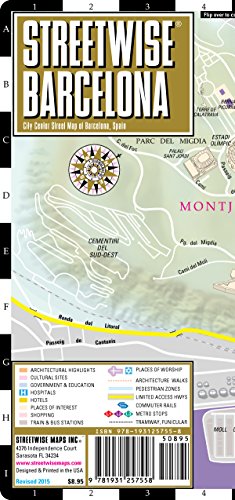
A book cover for Streetwise Barcelona Map - Laminated City Center Street Map of Barcelona, Spain (Streetwise (Streetwise Maps)); Streetwise Maps; Reference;